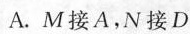
A.M接A，N接D